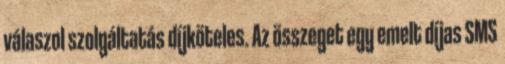
válaszol szolgáltatás díjköteles. Az összeget egy emelt díjas SMS